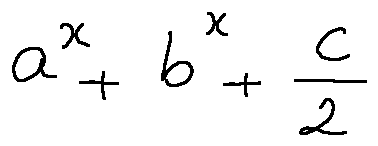
a ^ { x } + b ^ { x } + \frac { c } { 2 }